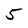
Character: 5